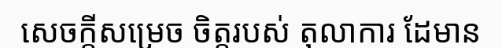
សេចក្តីសម្រេច ចិត្តរបស់ តុលាការ ដែមាន